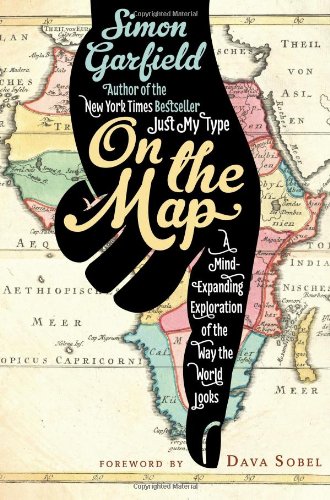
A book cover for On the Map: A Mind-Expanding Exploration of the Way the World Looks; Simon Garfield; Science & Math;